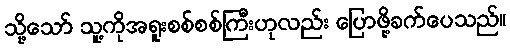
သို့သော် သူ့ကိုအရူးစစ်စစ်ကြီးဟုလည်း ပြောဖို့ခက်ပေသည်။